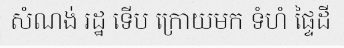
សំណង់ រដ្ឋ ទើប ក្រោយមក ទំហំ ផ្ទៃដី